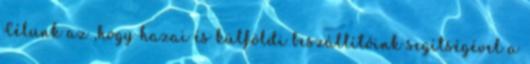
Célunk az ,hogy hazai és külföldi beszállítóink segítségével a